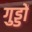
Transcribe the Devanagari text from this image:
गुड्डों